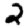
Digit: 2